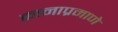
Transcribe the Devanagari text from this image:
कानाप्रमाणे